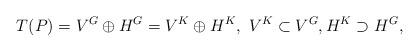
LaTeX: \begin{align*}T(P)=V^{G}\oplus H^{G}=V^{K}\oplus H^{K},~V^{K}\subset V^{G},H^K\supset H^{G},\end{align*}